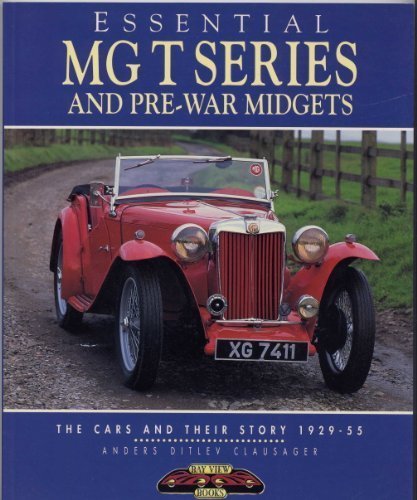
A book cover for Essential MG T Series and Pre-War Midgets: The Cars and Their Story 1929-55; Anders Ditlev Clausager; Engineering & Transportation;